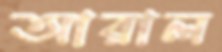
আরাল